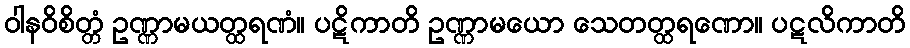
ဝါနဝိစိတ္တံ ဥဏ္ဏာမယတ္ထရဏံ။ ပဋိကာတိ ဥဏ္ဏာမယော သေတတ္ထရဏော။ ပဋလိကာတိ